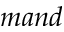
\textmu m a n d